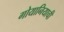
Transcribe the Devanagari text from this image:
गोयानियाची